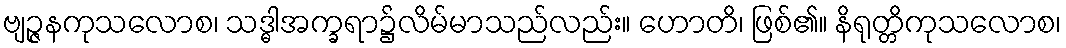
ဗျဉ္ဇနကုသလောစ၊ သဒ္ဓါအက္ခရာ၌လိမ်မာသည်လည်း။ ဟောတိ၊ ဖြစ်၏။ နိရုတ္တိကုသလောစ၊